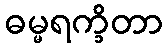
ဓမ္မရက္ခိတာ